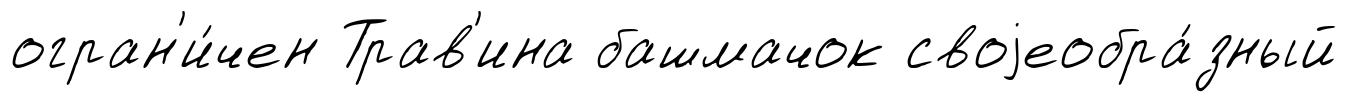
огран'и́чен Трав'ина башмачок своjеобра́зный